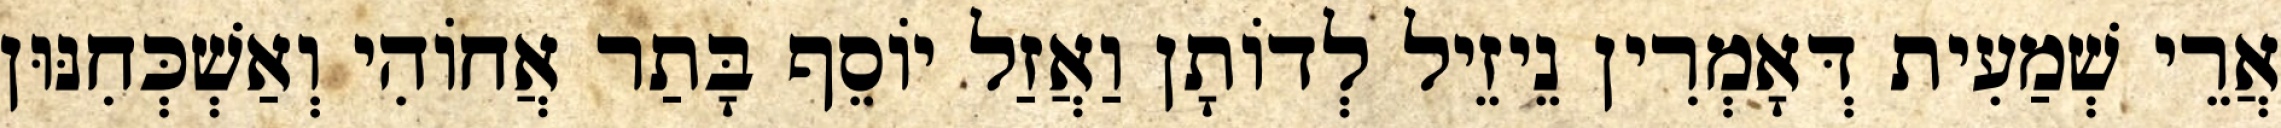
אֲרֵי שְׁמַעִית דְּאָמְרִין נֵיזֵיל לְדוֹתָן וַאֲזַל יוֹסֵף בָּתַר אֲחוֹהִי וְאַשְׁכְּחִנּוּן